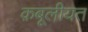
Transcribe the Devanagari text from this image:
क़बूलीयत